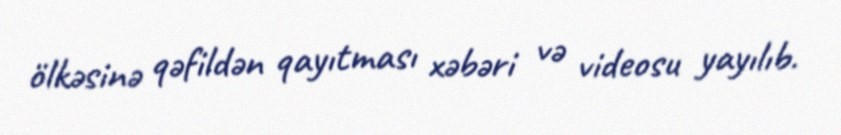
ölkəsinə qəfildən qayıtması xəbəri və videosu yayılıb.